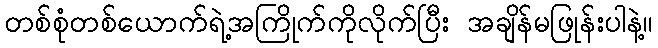
တစ်စုံတစ်ယောက်ရဲ့အကြိုက်ကိုလိုက်ပြီး အချိန်မဖြုန်းပါနဲ့။